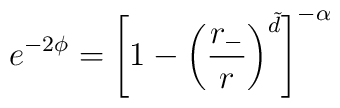
e^{-2\phi}=\left[1-\left(\frac{r_-}{r}\right)^{\tilde d} \right]^{-\alpha}